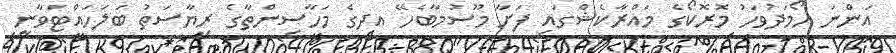
އަންނަ ހޯމަދުވަހު މޮރޮކޯގެ މައްރާކެޝްގައި ފަށާ މޫސުމާބެހޭ އދގެ މަހާސިންތާގެ ރިޔާސަތު ބަލަހައްޓަވާނީ